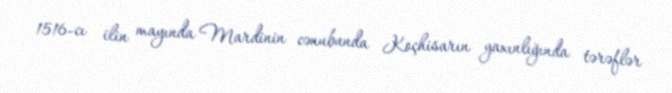
1516-cı ilin mayında Mardinin cənubunda Koçhisarın yaxınlığında tərəflər